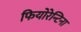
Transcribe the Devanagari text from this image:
फियोरेन्टिना